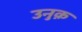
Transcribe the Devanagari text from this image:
उनुक़